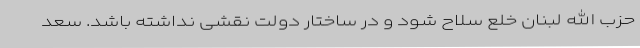
حزب الله لبنان خلع سلاح شود و در ساختار دولت نقشی نداشته باشد. سعد